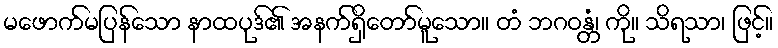
မဖောက်မပြန်သော နာထပုဒ်၏ အနက်ရှိတော်မူသော။ တံ ဘဂဝန္တံ၊ ကို။ သိရသာ၊ ဖြင့်။